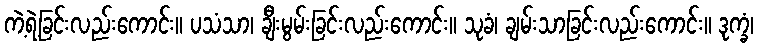
ကဲ့ရဲ့ခြင်းလည်းကောင်း။ ပသံသာ၊ ချီးမွမ်းခြင်းလည်းကောင်း။ သုခံ၊ ချမ်းသာခြင်းလည်းကောင်း။ ဒုက္ခံ၊